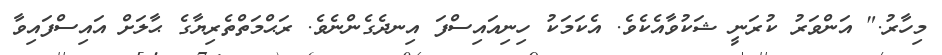
މިހާރު." އަންވަރު ކުރަނީ ޝަކުވާއެކެވެ. އެކަމަކު ހިނިއައިސްފަ އިނދެގެންނެވެ. ރަޙްމަތްތެރިޔާގެ ޙާލަށް އައިސްފައިވާ